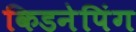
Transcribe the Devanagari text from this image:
किडनेपिंग